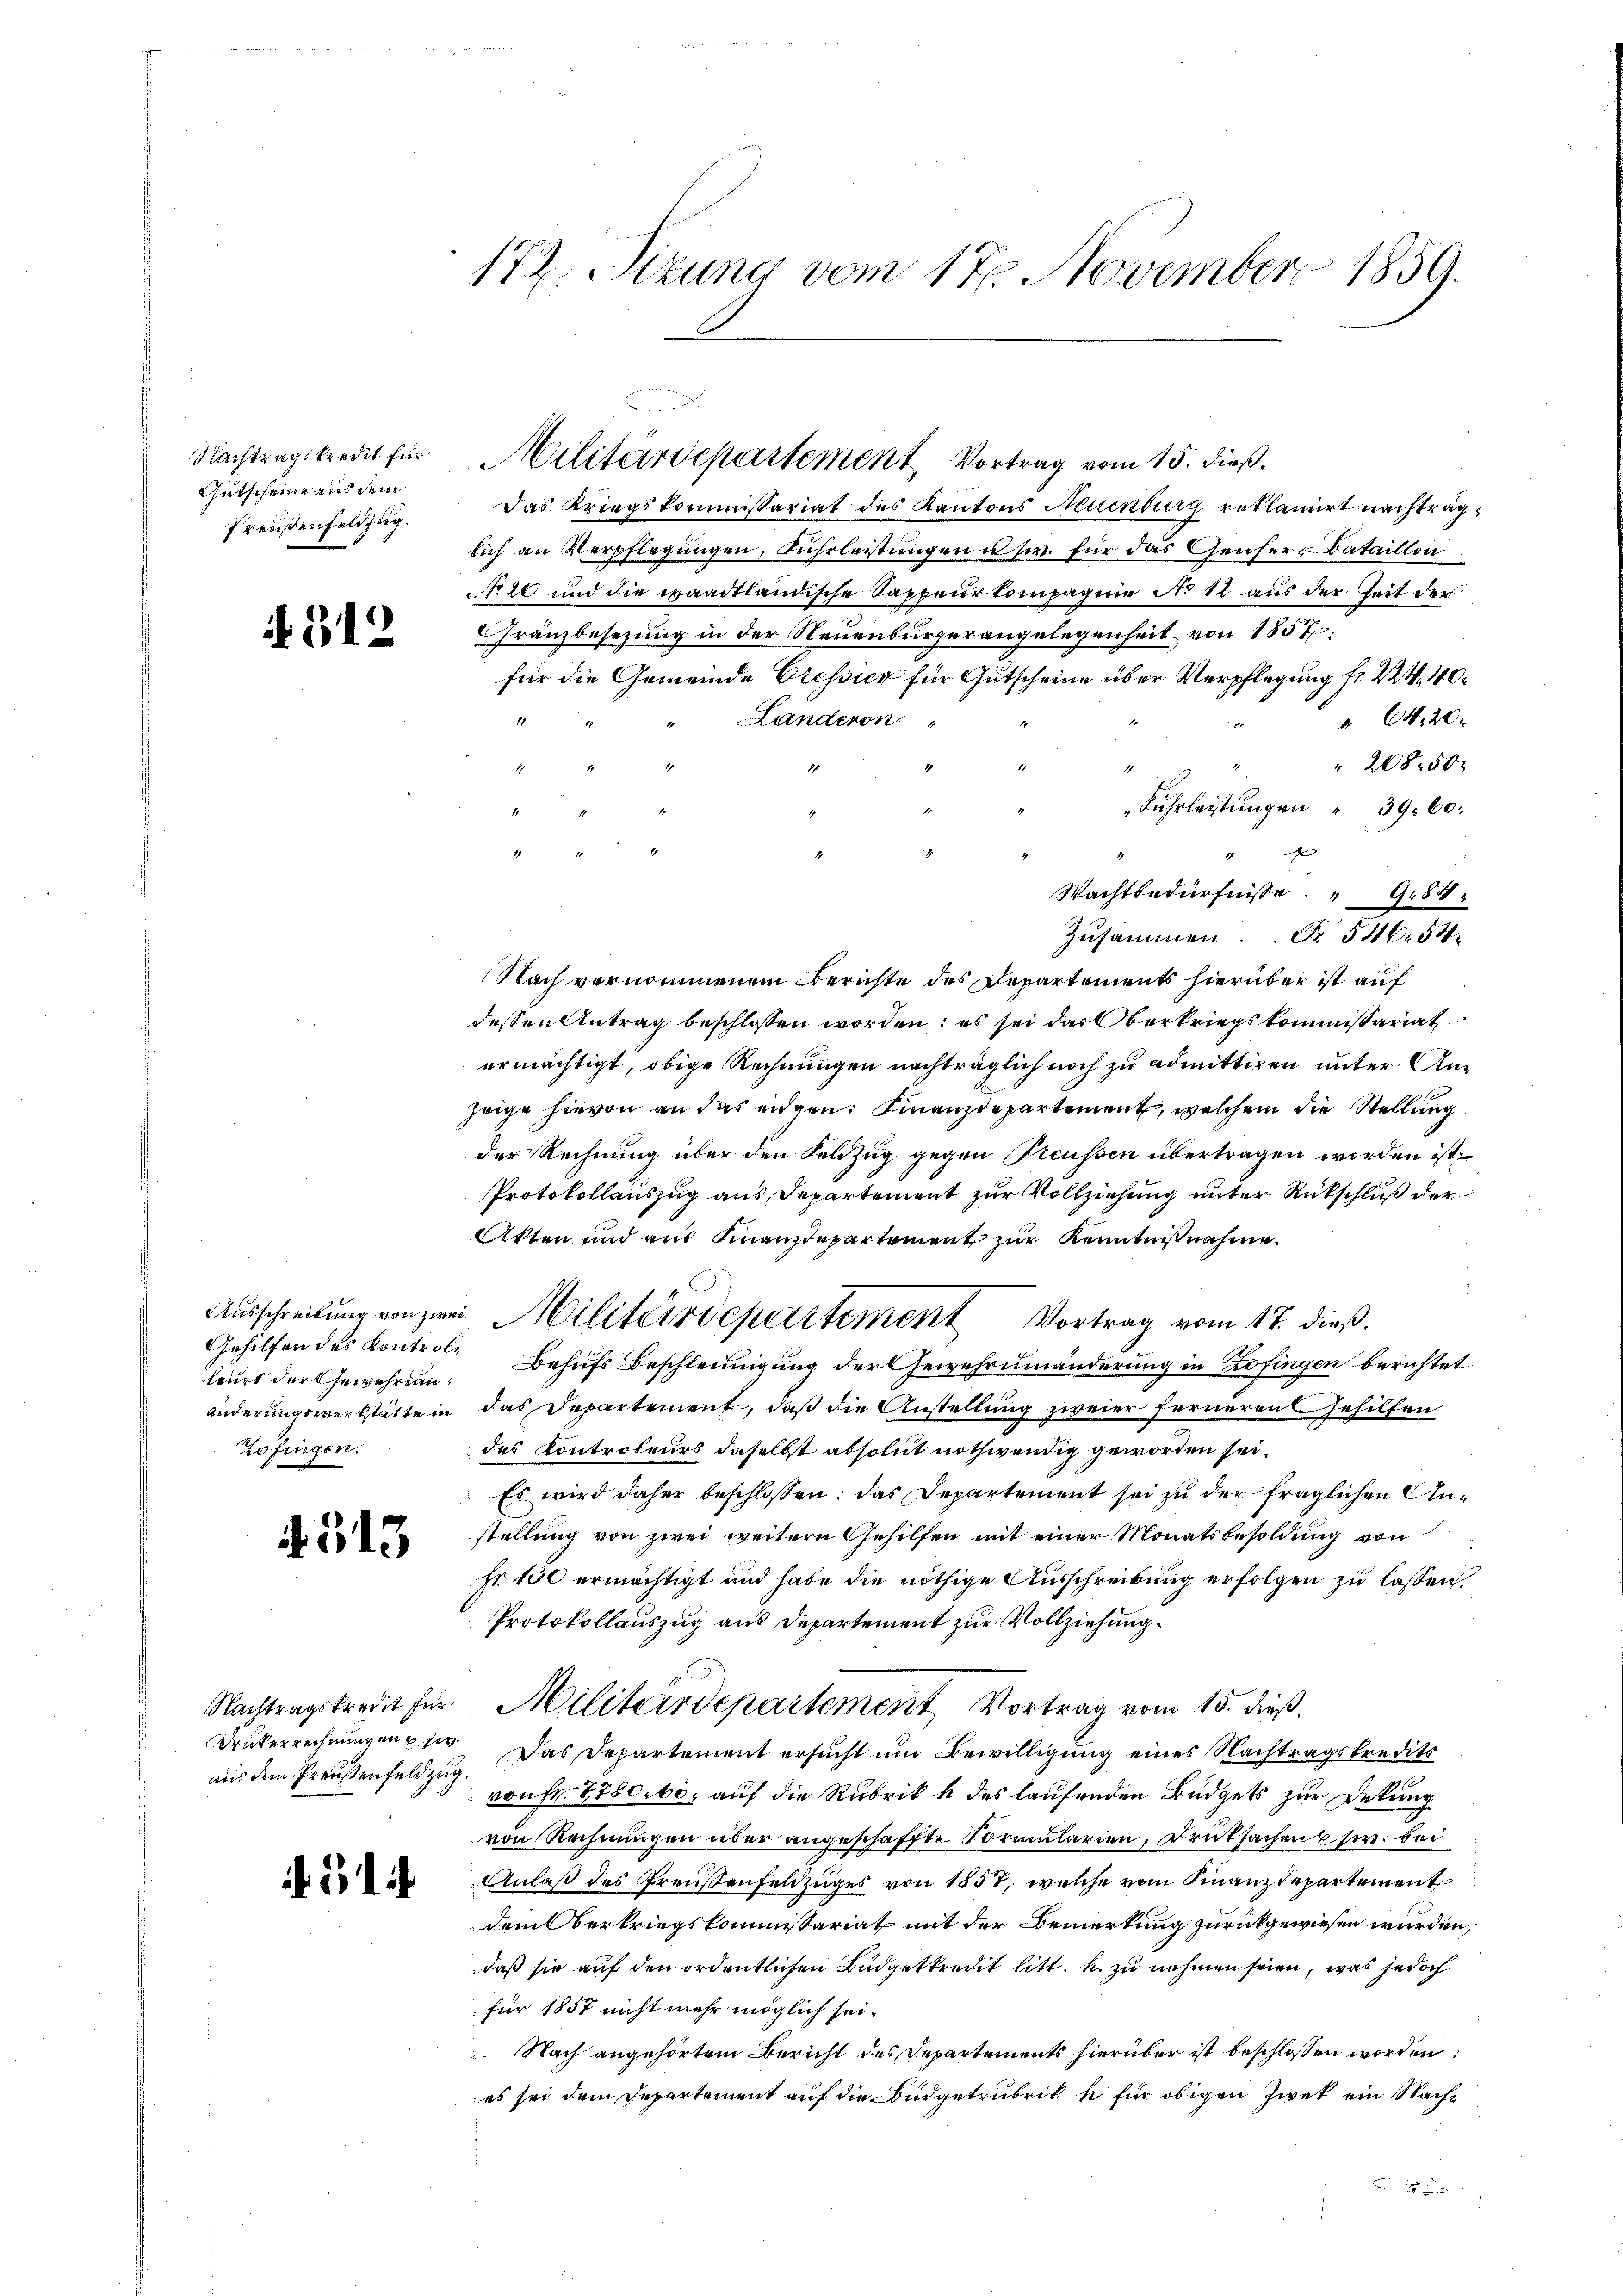
Nachtragskredit für
Gutscheine aus dem
Preußenfeldzug.

. 312

Gehilfen des Kontrolleurs der Gewehrung,
Zofingen.

4513

Drükerrechnungen sie

if. 5

172. Sizung vom 17. November 1859.

Das Kriegskommissariat des Kantons Neuenburg reklamirt nachträglich an Verpflegungen, Fuhrleistungen usw. für das Genferr Bataillon
No 20 und die waadtländische Sappeurkompagnie No 12 aus der Zeit der
Fränzbesetzung in der Neuenburgerangelegenheit von 1857,
für die Gemeinde Cressier für Gutscheine über Verpflegung fr. 224. 40.
Landeron
" Ct. 20.
20850.
A
Fuhrleistŭngen " 39. 60.
e
1
Wachtbedürfnisse 981
Zusammen. Fr. 546. 54
Nach vernommenem Berichte des Departements hierüber ist auf
dessen Antrag beschlossen worden: es sei das Oberkriegskommissariat
ermächtigt, obige Rechnungen nachträglich noch zu admittiren unter Anzeige hievon an das eidgen. Finanzdepartement, welchem die Stellung
der Rechnung über den Feldzug gegen Preussen übertragen worden ist,
Protokollauszug aus Departement zur Vollziehung unter Rückschluß der
Akten und aus Finanzdepartement zur Kenntnißnahme.
Aŭsschreibŭng von zwei Militärdepartement Vortrag vom 17. dieß.
Behufs Beschleunigung der Gewehrumänderung in Zofingen berichtet
änderungswerkstätte in das Departement, daß die Anstellung zweier ferneren Gehilfen
des Kontroleurs daselbst absolut nothwendig geworden sei.
Es wird daher beschlossen: das Departement sei zu der fraglichen Anstellung von zwei weitern Gehilfen mit einer Monatsbesoldung von
fr. 100 ermächtigt und habe die nöthige Ausschreibung erfolgen zu lassen.
Protokollauszug aus Departement zur Vollziehung.
Nachtragskredit für Militärdepartement Vortrag vom 15. dieß.
aus dem Preußenfeldzug. Das Departement ersucht um Bewilligung eines Nachtragskredits
von Fr. 1780 be, auf die Rubrik k des laufenden Büdgets zur Dekung
von Rechnungen über angeschaffte Vormularien, Druksachen usw. bei
Anlaß des Preußenfeldzuges von 1857, welche vom Finanzdepartement
dem Oberkriegskommissariat mit der Bemerkung zurückgewiesen wurden,
daß sie auf den ordentlichen Büdgetkredit litt. h. zu nehmen seien, was jedoch
für 1857 nicht mehr möglich sei.
Nach angehörtem Bericht des Departements hierüber ist beschlossen worden;
es sei dem Departement auf die Budgetrubrik u für obigen Zwek ein Nach¬

Militärdepartement, Vortrag vom 15. dieß.